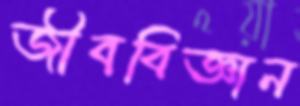
জীববিজ্ঞান